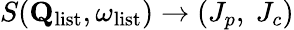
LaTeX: S(\mathbf{Q}_{\mathrm{list}},\omega_{\mathrm{list}})\rightarrow(J_{p},\ J_{c})